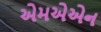
એમએએન